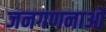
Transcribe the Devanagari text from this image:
जनगणनाओ